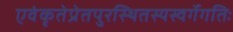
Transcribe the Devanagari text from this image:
एवंकृतेप्रेतपुरस्थितस्यस्वर्गेगतिः